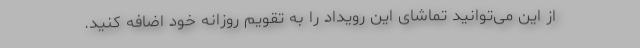
از این می‌توانید تماشای این رویداد را به تقویم روزانه خود اضافه کنید.